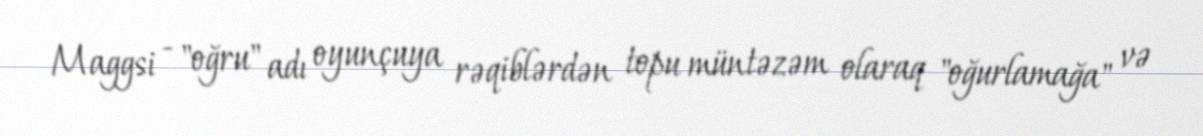
Maggsi - "oğru" adı oyunçuya rəqiblərdən topu müntəzəm olaraq "oğurlamağa" və